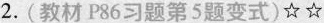
2.(教材P86习题第5题变式)☆☆